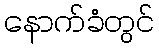
နောက်ခံတွင်